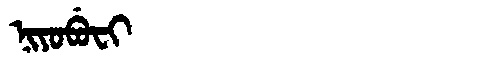
Manchu: ᠨᡳᠶᠣᠪᡠᠸᡳ
Romanization: NIYOBUFI